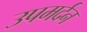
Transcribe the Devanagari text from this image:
उपमर्दन